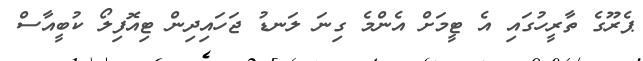
ޕެރޫގެ ތާރީހުގައި އެ ޓީމަށް އެންމެ ގިނަ ލަނޑު ޖަހައިދިން ޓިއޮފިލޯ ކުބީއާސް